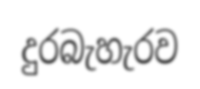
දුරබැහැරව